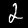
Label: 2